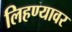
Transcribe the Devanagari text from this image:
लिहण्यावर